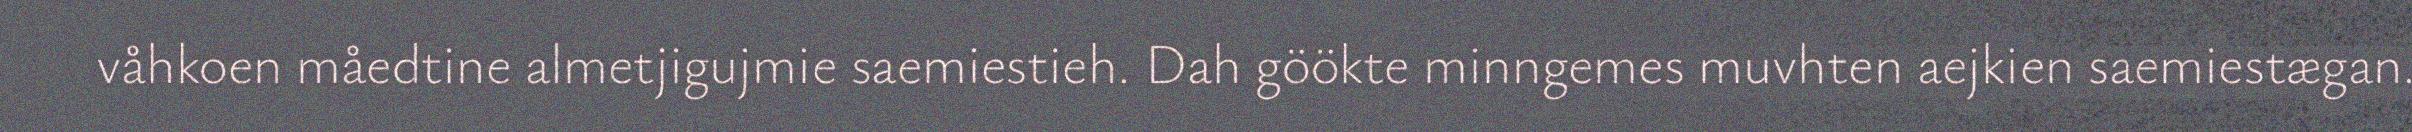
våhkoen måedtine almetjigujmie saemiestieh. Dah göökte minngemes muvhten aejkien saemiestægan.